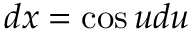
d x = \cos u d u